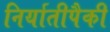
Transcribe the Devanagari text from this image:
निर्यातीपैकी